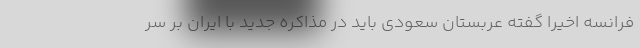
فرانسه اخیراً گفته عربستان سعودی باید در مذاکره جدید با ایران بر سر